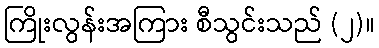
ကြိုးလွန်းအကြား စီသွင်းသည် (၂)။